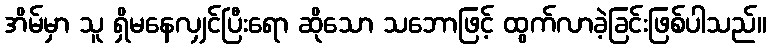
အိမ်မှာ သူ ရှိမနေလျှင်ပြီးရော ဆိုသော သဘောဖြင့် ထွက်လာခဲ့ခြင်းဖြစ်ပါသည်။